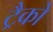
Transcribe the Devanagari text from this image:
ट्रैको